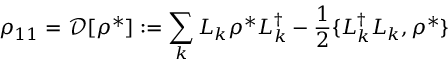
\rho _ { 1 1 } = \mathcal { D } [ \rho ^ { * } ] : = \sum _ { k } L _ { k } \rho ^ { * } L _ { k } ^ { \dag } - \frac 1 2 \{ L _ { k } ^ { \dag } L _ { k } , \rho ^ { * } \}